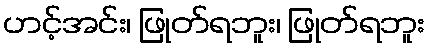
ဟင့်အင်း၊ ဖြုတ်ရဘူး၊ ဖြုတ်ရဘူး